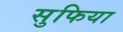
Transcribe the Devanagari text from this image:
सुफिया